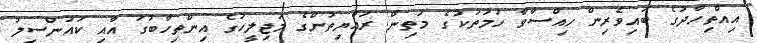
އިއްތިހާދުގެ ބައިވެރިން ހިއްސާވާ ހަމަތަކުގެ މަތިން ރައްޔިތުންގެ މަޖިލީހުގެ އިންތިހާބުގަ އާއި ކައުންސިލު